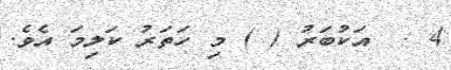
4 .  އަކުބަރު ( ) މި ހަތަރު ކަލިމަ އެވެ.